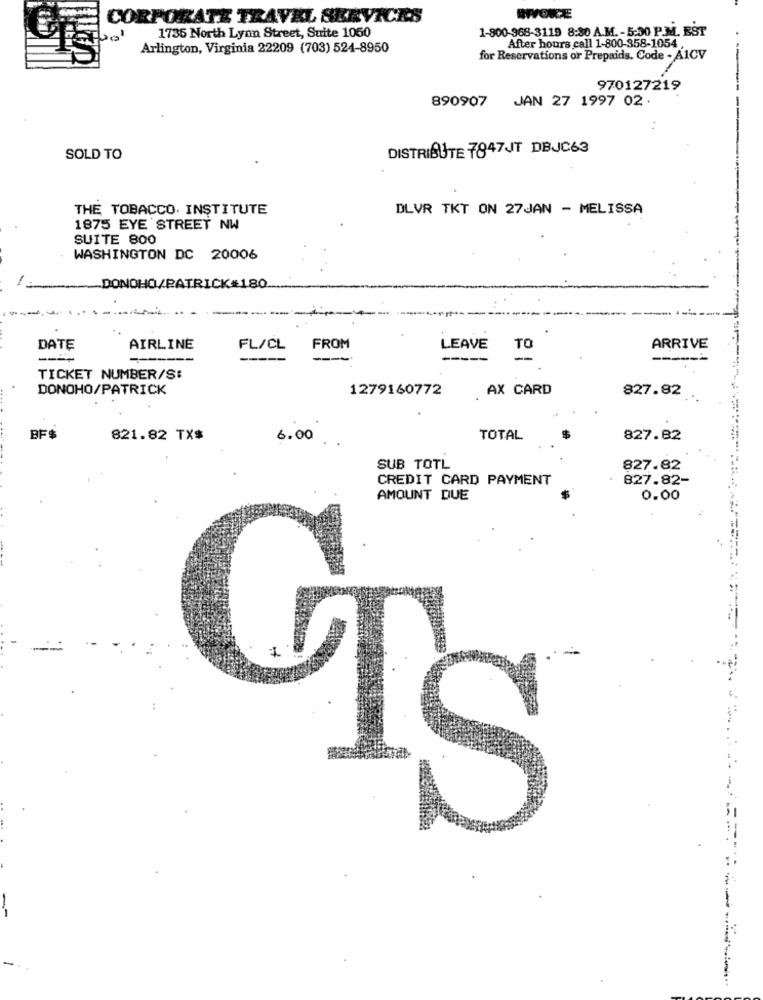
CORPORATE TRAVEL SERVICES
RIVONCÆE
1735 North Lynn Street, Suite 1050
1-800-968-3119 8:30 A.M. - 5:30 P.M. EST
Arlington, Virginia 22209 (703) 524-8950
After hours call 1-800-358-1054.
for Reservations or Prepaids. Code - A1CV
970127219
890907
JAN 27 1997 02.
----
DISTRIBUTE 7847JT DBJC63
SOLD TO
THE TOBACCO. INSTITUTE
DLVR TKT ON 27JAN - MELISSA
1875 EYE STREET NW
SUITE 800
WASHINGTON DC 20006
DONOHO/PATRICK#180
... .
---
DATE
AIRLINE
FL/CL
FROM
LEAVE
TO
ARRIVE
---
-----
TICKET NUMBER/S:
DONOHO/PATRICK
1279160772
AX CARD
827.82
BF$
821.82 TX#
6.00
TOTAL
827.82
SUB TOTL
827.82
CREDIT CARD PAYMENT
827.82-
AMOUNT DUE
0.00
IS